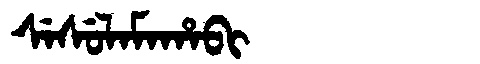
Manchu: ᠰᡝᠰᡠᠯᠠᠮᠠᡥᠠᠪᡳ
Romanization: SESULAMAHABI